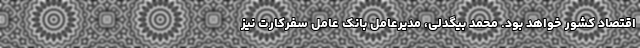
اقتصاد کشور خواهد بود. محمد بیگدلی، مدیرعامل بانک عامل سفرکارت نیز